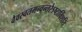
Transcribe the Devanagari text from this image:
वैवस्वतमन्वन्तरेऽष्टाविंशति